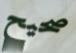
صحيح